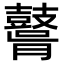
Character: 𪔤